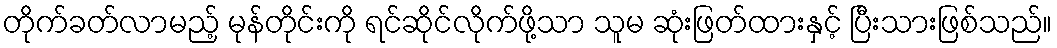
တိုက်ခတ်လာမည့် မုန်တိုင်းကို ရင်ဆိုင်လိုက်ဖို့သာ သူမ ဆုံးဖြတ်ထားနှင့် ပြီးသားဖြစ်သည်။